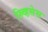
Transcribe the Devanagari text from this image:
स्र्व्हिसेस